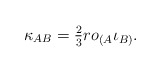
\begin{align*}\kappa_{AB}={}&\tfrac{2}{3} r o_{(A} \iota_{B)}.\end{align*}